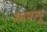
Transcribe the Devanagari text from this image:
भाषानूं